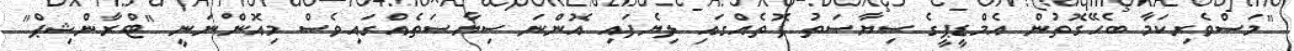
"މަސްވެރިކަމާ ބެހޭގޮތުން އެމްޑީޕީގެ ސިޔާސަތު ފޮތެއްގައި ލިޔެފައި އޮންނަ ސިޔާސަތެއްގައިވެސް މިއޮންނަނީ "ޓްރާންޝިޕް"